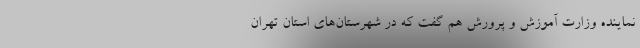
نماینده وزارت آموزش و پرورش هم گفت که در شهرستان‌های استان تهران